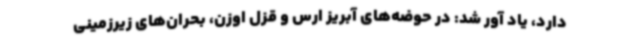
دارد، یاد آور شد: در حوضه‌های آبریز ارس و قزل اوزن، بحران‌های زیرزمینی